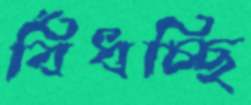
বিঁধচ্ছি